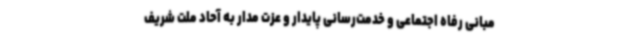
مبانی رفاه اجتماعی و خدمت‌رسانی پایدار و عزت مدار به آحاد ملت شریف